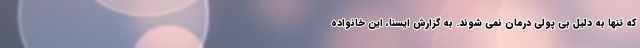
که تنها به دلیل بی پولی درمان نمی شوند. به گزارش ایسنا، این خانواده